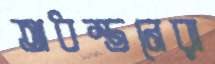
অধস্তনেরা